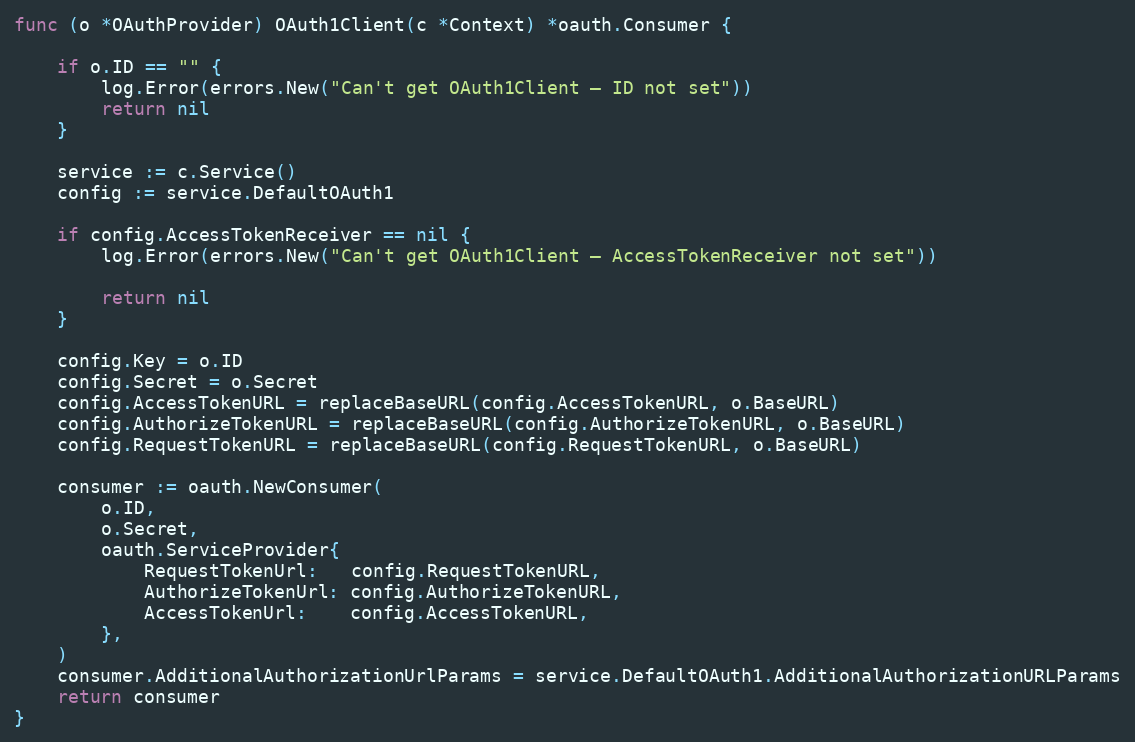
Language: Go
func (o *OAuthProvider) OAuth1Client(c *Context) *oauth.Consumer {

	if o.ID == "" {
		log.Error(errors.New("Can't get OAuth1Client – ID not set"))
		return nil
	}

	service := c.Service()
	config := service.DefaultOAuth1

	if config.AccessTokenReceiver == nil {
		log.Error(errors.New("Can't get OAuth1Client – AccessTokenReceiver not set"))

		return nil
	}

	config.Key = o.ID
	config.Secret = o.Secret
	config.AccessTokenURL = replaceBaseURL(config.AccessTokenURL, o.BaseURL)
	config.AuthorizeTokenURL = replaceBaseURL(config.AuthorizeTokenURL, o.BaseURL)
	config.RequestTokenURL = replaceBaseURL(config.RequestTokenURL, o.BaseURL)

	consumer := oauth.NewConsumer(
		o.ID,
		o.Secret,
		oauth.ServiceProvider{
			RequestTokenUrl:   config.RequestTokenURL,
			AuthorizeTokenUrl: config.AuthorizeTokenURL,
			AccessTokenUrl:    config.AccessTokenURL,
		},
	)
	consumer.AdditionalAuthorizationUrlParams = service.DefaultOAuth1.AdditionalAuthorizationURLParams
	return consumer
}